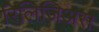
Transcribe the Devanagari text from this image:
रिलिजिअस